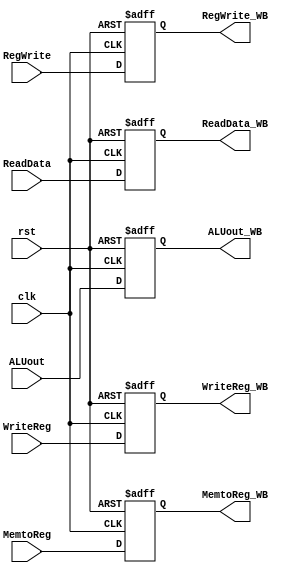
`timescale 1ns / 1ps
//////////////////////////////////////////////////////////////////////////////////
// Company: 
// Engineer: 
// 
// Design Name: 
// Module Name: R_MEM_WB
// Project Name: 
// Target Devices: 
// Tool Versions: 
// Description: 
// 
// Dependencies: 
// 
// Revision:
// Revision 0.01 - File Created
// Additional Comments:
// 
//////////////////////////////////////////////////////////////////////////////////


module R_MEM_WB(
    input clk,
    input rst,
    
    input RegWrite,
    input MemtoReg,
    
    input [31:0] ReadData,
    input [31:0] ALUout,
    input [4:0] WriteReg, //rtrd
    
    output RegWrite_WB,
    output MemtoReg_WB,
    output [31:0] ReadData_WB,ALUout_WB,
    output [4:0] WriteReg_WB
    );
    
    reg RegWrite_reg, MemtoReg_reg;
    reg [31:0] ReadData_reg,ALUout_reg;
    reg [4:0] WriteReg_reg;
    
    initial begin
      RegWrite_reg=0; MemtoReg_reg=0;  
      ALUout_reg=0;   ReadData_reg=0; WriteReg_reg=0;
    end
    
    always@(posedge clk or posedge rst) begin
      if(rst) begin
         RegWrite_reg<=0; MemtoReg_reg<=0; 
         ALUout_reg<=0;   ReadData_reg<=0; WriteReg_reg<=0;
       end
      else begin
         RegWrite_reg<=RegWrite; MemtoReg_reg<=MemtoReg;   
         ALUout_reg<=ALUout;     ReadData_reg<=ReadData;  WriteReg_reg<=WriteReg;
       end
    end
    
    assign RegWrite_WB = RegWrite_reg;
    assign MemtoReg_WB = MemtoReg_reg;
    assign ALUout_WB = ALUout_reg;
    assign ReadData_WB = ReadData_reg;
    assign WriteReg_WB = WriteReg_reg;
    
    
endmodule